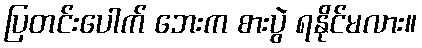
ပြတင်းပေါက် ဘေးက စားပွဲ ရနိုင်မလား။